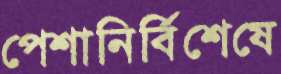
পেশানির্বিশেষে